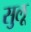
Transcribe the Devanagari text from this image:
सुलू